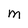
Character: M